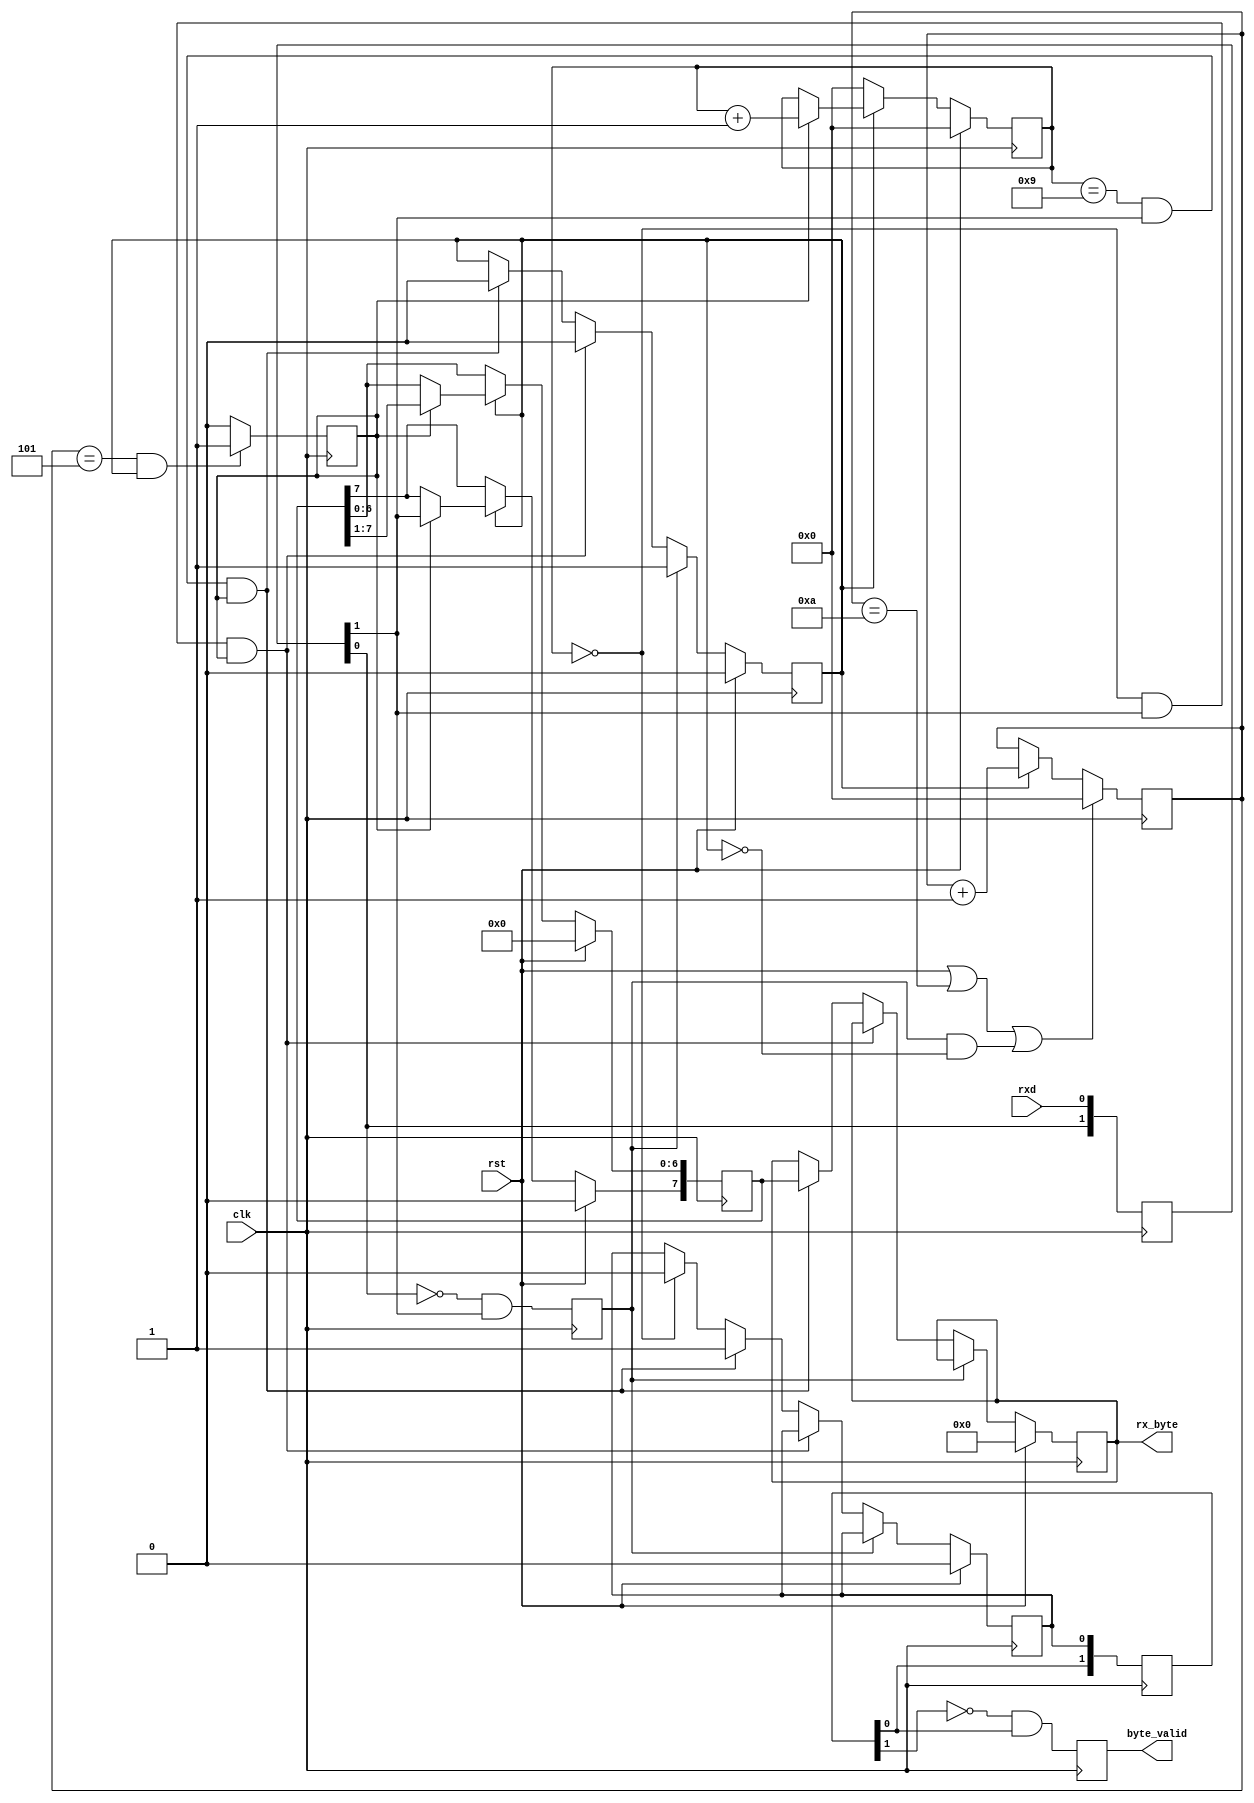
////////////////////////////////////////////////////////////////
//
// project  : uart
// function : interface rs232
// modifed  : 22.08.2019
// 
////////////////////////////////////////////////////////////////

/*
uart_rx 
#(
	.base_freq 		(base_freq		),
	.spi_speed 		(spi_speed		),
	.word_width		(word_width 	)
)
uart_rx_inst
(	 
    .clk            (clk			), 	// in,  u[1],
    .rst            (rst			), 	// in,  u[1],
    .rxd            (w_rxd_filtered	), 	// in,  u[1], 
    .rx_byte		(rx_byte		), 	// in,  u[1],
    .byte_valid     (rx_done		) 	// in,  u[1],
);
*/

module uart_rx
#(
	parameter base_freq 	= 100_000_000,
	parameter uart_speed 	= 10_000_000,
	parameter word_width 	= 8
)
(
    input   wire                			clk,
    input   wire                			rst,
    input   wire                			rxd,
    output  wire    [ word_width-1 : 0 ]	rx_byte,
    output  wire                			byte_valid
);

function integer clogb2 (input integer bit_depth);              
begin                                                           
for(clogb2=0; bit_depth>0; clogb2=clogb2+1)                   
  bit_depth = bit_depth >> 1;                                 
end                                                           
endfunction  

localparam 	start_bit 	= 1;
localparam 	stop_bit 	= 1;
localparam	takt		= base_freq/uart_speed;
localparam	takt_half	= takt/2;
localparam 	lg_takt		= clogb2(takt);
localparam 	lg_wrd_wdth	= clogb2(word_width+start_bit+stop_bit);

reg 	[1:0]					r_byte_val_ff	= 2'b0;
reg 							r_byte_val_pos	= 1'b0;

reg     [ lg_takt-1 	: 0 ]   r_rxd_freq_cnt  = 0;      
reg     [ word_width-1 	: 0 ]   r_receive_data  = 'b0;  //    
reg     [ word_width-1 	: 0 ]   r_data          = 'b0;  //   
reg     [ lg_wrd_wdth-1 : 0 ]   r_count_bit     = 'b0;	//  
reg                 			r_byte_valid    = 0;	//   
reg                 			r_neg           = 0;	//    rxd2	//    rxd2
reg                 			r_receive       = 0;	//  
reg                 			r_mid           = 0;	//     3/4 
reg     [ 1 : 0 ]   			r_rxd_neg_front = 0;

always @ (posedge clk)
begin

	r_byte_val_ff 	<= {r_byte_val_ff[0],r_byte_valid};
	r_byte_val_pos 	<= !r_byte_val_ff[1] && r_byte_val_ff[0];

end

always @ (posedge clk)
begin

    if ( rst || r_rxd_freq_cnt==takt || ( r_neg==1'b1 && !r_receive) ) 
        r_rxd_freq_cnt <= 10'b0;												//    takt_1 
    else 							
	if (r_receive) 							
		r_rxd_freq_cnt <= r_rxd_freq_cnt + 1'b1;								//  .  
 
    r_rxd_neg_front <= {r_rxd_neg_front[0],rxd};
    r_neg <= ( ~r_rxd_neg_front[0] && r_rxd_neg_front[1] );						//  
      	  
    if ((r_rxd_freq_cnt==(takt_half) && r_receive==1'b1))  
        r_mid <= 1'b1;				                                            //    
    else 
        r_mid <= 1'b0;

//================================start_bit===================================	

	if(rst) begin
		r_byte_valid 	<= 1'b0;                                        
		r_data 			<= 'd0;                                        
		r_receive		<= 1'b0;
	end
	else
    if (r_neg) 
        r_receive <= 1'b1;														//   					
    else 
        if( (r_count_bit==4'b0) && (r_rxd_neg_front[1]==1'b1) && (r_mid==1'b1) ) 
            r_receive<=1'b0;                                                    //rxd = 1 -    
    else 
        if ( (r_count_bit==4'd9) && (r_rxd_neg_front[1]==1'b1) && (r_mid==1'b1) ) 											 
            begin
                r_byte_valid <=1'b1;                                             //  
                r_data <= r_receive_data;                                        //   
                r_receive <= 1'b0;
            end 
    else
        if (r_count_bit==1'b0)
            r_byte_valid <= 1'b0;
		  								                 
//================================information================================

	if(rst) begin
		r_count_bit		 	<= 'd0;        													
		r_receive_data[7] 	<= 'd0;
		r_receive_data[6:0] <= 'd0;                     
	end
	else
    if (r_receive==1'b0) 
        r_count_bit <= 1'b0;                                                    //   
    else 
	if (r_mid) begin
		r_count_bit		 	<= r_count_bit+1'b1;          													
		r_receive_data[7] 	<= r_rxd_neg_front[1];
		r_receive_data[6:0] <= r_receive_data[7:1];                      //   
	end	
										
end

assign byte_valid   =   r_byte_val_pos;	
assign rx_byte		=   r_data;

endmodule